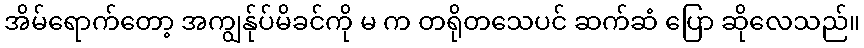
အိမ်ရောက်တော့ အကျွန်ုပ်မိခင်ကို မ က တရိုတသေပင် ဆက်ဆံ ပြော ဆိုလေသည်။